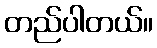
တည်ပါတယ်။